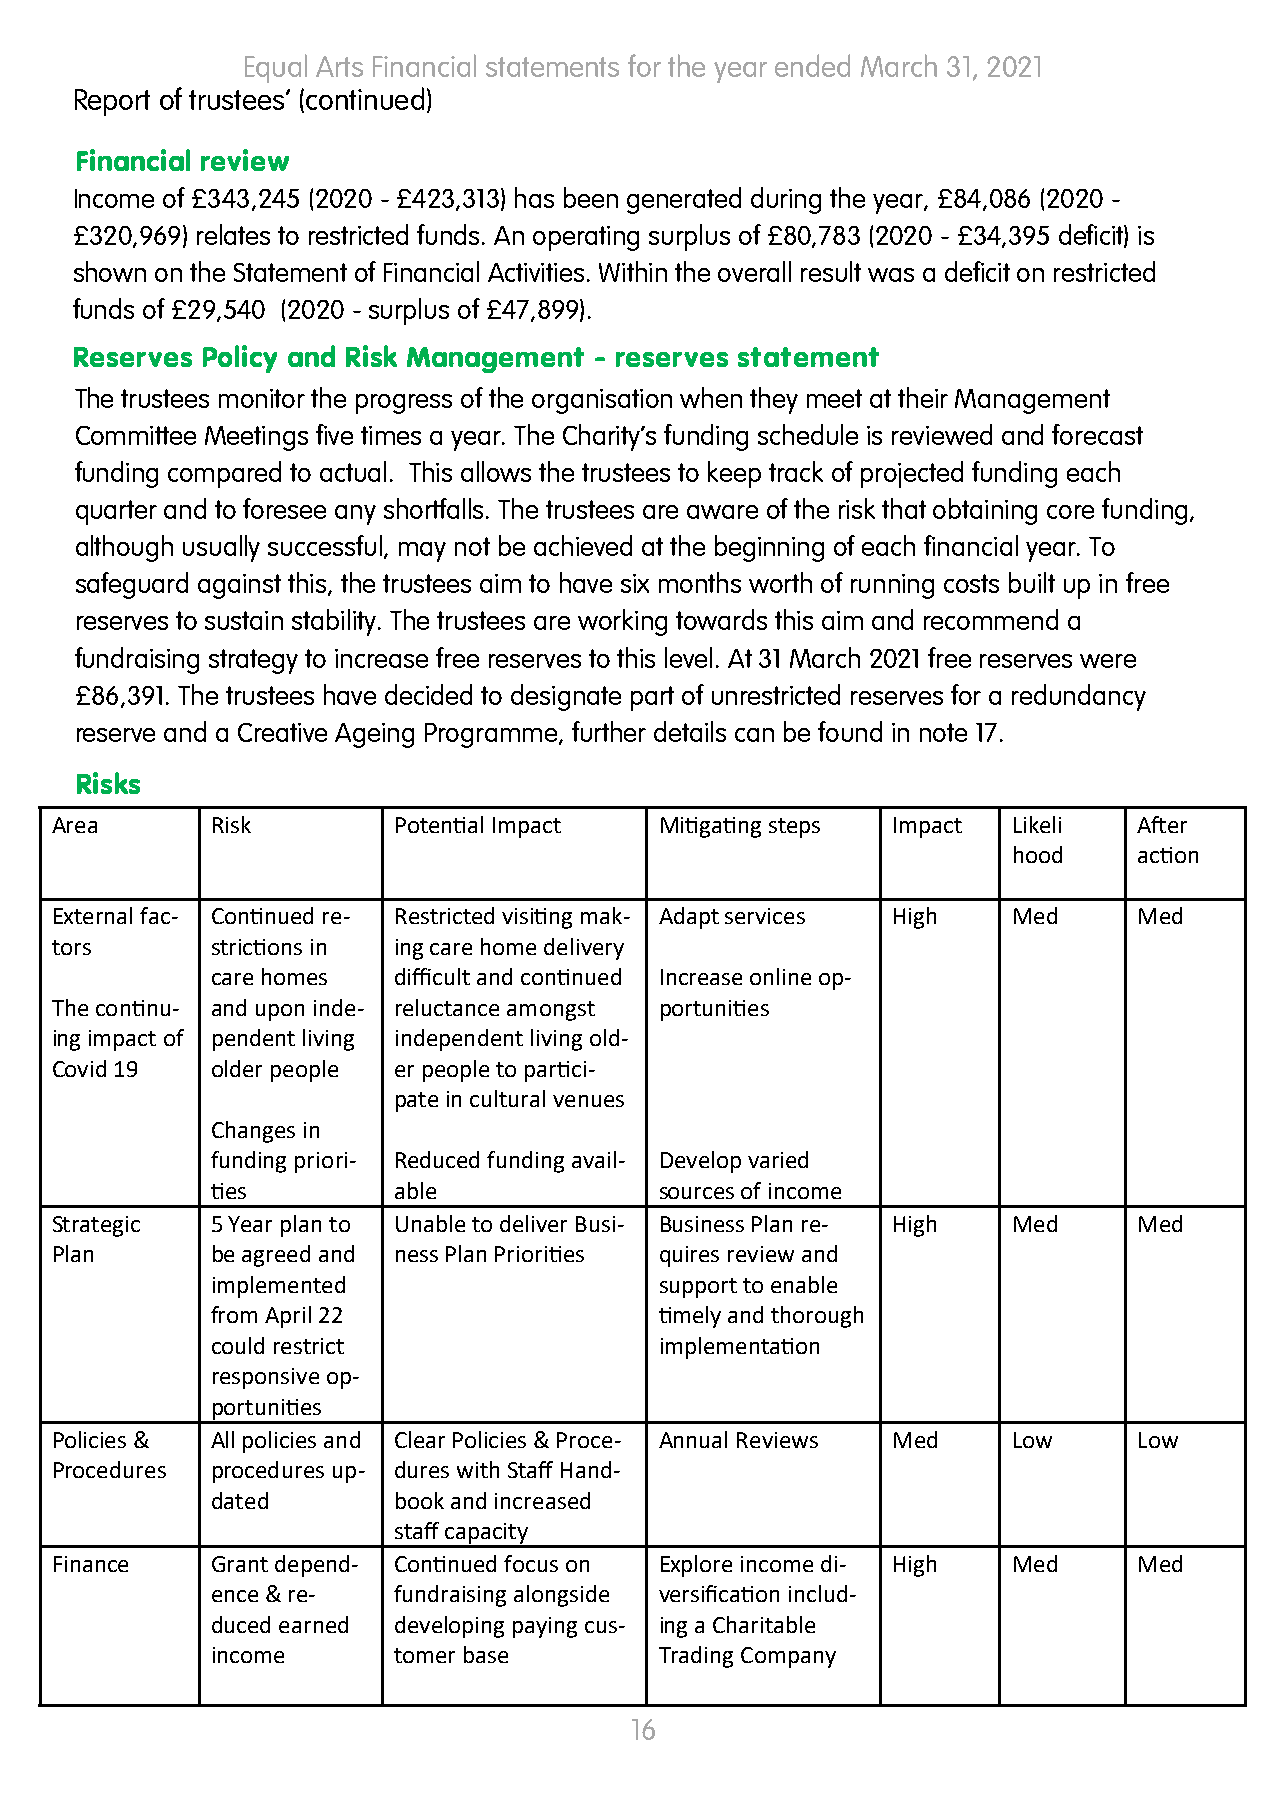
Equal Arts Financial statements for the year ended March 31, 2021
 Report of trustees’ (continued)
 Financial review
 Income of £343,245 (2020 - £423,313) has been generated during the year, £84,086 (2020 -
 £320,969) relates to restricted funds. An operating surplus of £80,783 (2020 - £34,395 deficit) is
 shown on the Statement of Financial Activities. Within the overall result was a deficit on restricted
 funds of £29,540 (2020 - surplus of £47,899).
 Reserves Policy and Risk Management - reserves statement
 The trustees monitor the progress of the organisation when they meet at their Management
 Committee Meetings five times a year. The Charity’s funding schedule is reviewed and forecast
 funding compared to actual. This allows the trustees to keep track of projected funding each
 quarter and to foresee any shortfalls. The trustees are aware of the risk that obtaining core funding,
 although usually successful, may not be achieved at the beginning of each financial year. To
 safeguard against this, the trustees aim to have six months worth of running costs built up in free
 reserves to sustain stability. The trustees are working towards this aim and recommend a
 fundraising strategy to increase free reserves to this level. At 31 March 2021 free reserves were
 £86,391. The trustees have decided to designate part of unrestricted reserves for a redundancy
 reserve and a Creative Ageing Programme, further details can be found in note 17.
 Risks
 Area       Risk        Potential Impact  Mitigating steps Impact Likeli After
 hood    action
 External fac- Continued re- Restricted visiting mak- Adapt services High Med Med
 tors       strictions in ing care home delivery
 care homes  difficult and continued Increase online op-
 The continu- and upon inde- reluctance amongst portunities
 ing impact of pendent living independent living old-
 Covid 19   older people er people to partici-
 pate in cultural venues
 Changes in
 funding priori- Reduced funding avail- Develop varied
 ties        able              sources of income
 Strategic  5 Year plan to Unable to deliver Busi- Business Plan re- High Med Med
 Plan       be agreed and ness Plan Priorities quires review and
 implemented                   support to enable
 from April 22                 timely and thorough
 could restrict                implementation
 responsive op-
 portunities
 Policies & All policies and Clear Policies & Proce- Annual Reviews Med Low Low
 Procedures procedures up- dures with Staff Hand-
 dated       book and increased
 staff capacity
 Finance    Grant depend- Continued focus on Explore income di- High Med Med
 ence & re-  fundraising alongside versification includ-
 duced earned developing paying cus- ing a Charitable
 income      tomer base        Trading Company
 16